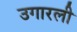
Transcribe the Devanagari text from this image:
उगारली